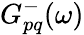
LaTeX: G_{pq}^{-}(\omega)